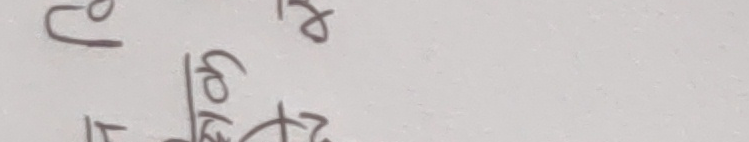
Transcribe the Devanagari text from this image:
पि छ
१७४